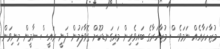
މުޒާހަރާއެއް ނަމަވެސް މުޒާހަރާގެ ބައިވެރިން މައިގަނޑުކޮށް ގޮވާލަމުން ދަނީ ރައީސް ޔާމީން މިނިވަން